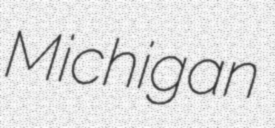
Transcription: Michigan